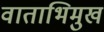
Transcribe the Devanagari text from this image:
वाताभिमुख